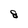
Character: 8